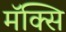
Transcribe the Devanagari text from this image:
मॅक्सि